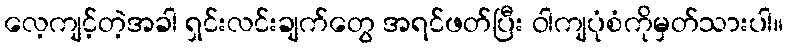
လေ့ကျင့်တဲ့အခါ ရှင်းလင်းချက်တွေ အရင်ဖတ်ပြီး ဝါကျပုံစံကိုမှတ်သားပါ။